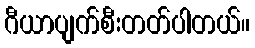
ဂီယာပျက်စီးတတ်ပါတယ်။